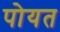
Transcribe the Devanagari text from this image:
पोयत